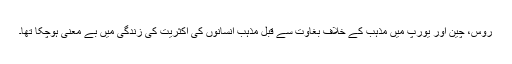
روس، چین اور یورپ میں مذہب کے خلاف بغاوت سے قبل مذہب انسانوں کی اکثریت کی زندگی میں بے معنی ہوچکا تھا۔